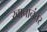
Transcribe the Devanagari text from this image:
खानानंतर